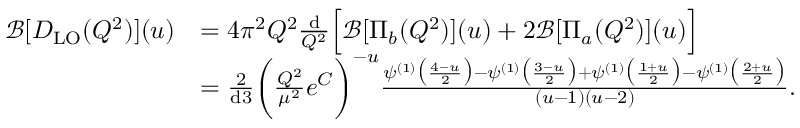
\begin{array} { r l } { \mathcal { B } [ D _ { \mathrm { L O } } ( Q ^ { 2 } ) ] ( u ) } & { = 4 \pi ^ { 2 } Q ^ { 2 } \frac { \mathrm { d } } { Q ^ { 2 } } \Big [ \mathcal { B } [ \Pi _ { b } ( Q ^ { 2 } ) ] ( u ) + 2 \mathcal { B } [ \Pi _ { a } ( Q ^ { 2 } ) ] ( u ) \Big ] } \\ & { = \frac { 2 } { \mathrm { d } 3 } \bigg ( \frac { Q ^ { 2 } } { \mu ^ { 2 } } e ^ { C } \bigg ) ^ { - u } \frac { \psi ^ { ( 1 ) } \big ( \frac { 4 - u } { 2 } \big ) - \psi ^ { ( 1 ) } \big ( \frac { 3 - u } { 2 } \big ) + \psi ^ { ( 1 ) } \big ( \frac { 1 + u } { 2 } \big ) - \psi ^ { ( 1 ) } \big ( \frac { 2 + u } { 2 } \big ) } { ( u - 1 ) ( u - 2 ) } . } \end{array}